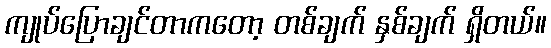
ကျုပ်ပြောချင်တာကတော့ တစ်ချက် နှစ်ချက် ရှိတယ်။